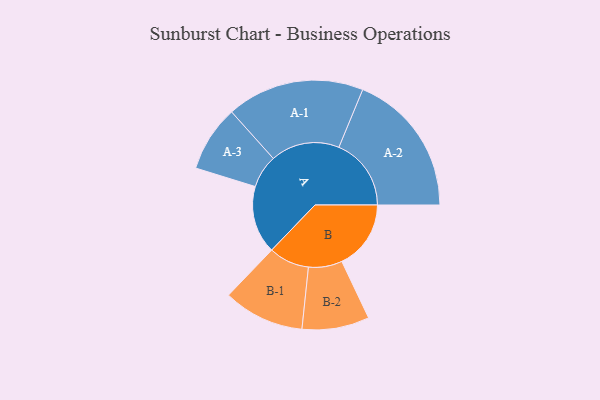
{"axis": {"x": "Segment", "y": "Value"}, "legend": ["", "A", "B"], "data": [{"x": "A", "y": 256, "type": ""}, {"x": "B", "y": 261, "type": ""}, {"x": "A-1", "y": 260, "type": "A"}, {"x": "A-2", "y": 273, "type": "A"}, {"x": "A-3", "y": 125, "type": "A"}, {"x": "B-1", "y": 153, "type": "B"}, {"x": "B-2", "y": 127, "type": "B"}]}